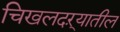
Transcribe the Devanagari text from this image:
चिखलदऱ्यातील